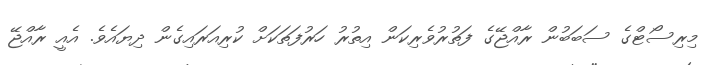
މިރިސޯޓްގެ ސަބަބުން ރާއްޖޭގެ ފަތުރުވެރިކަން އިތުރު ހަރުފަތަކަށް ކުރިއަރައިގެން ދިޔައެވެ. އެއީ ރާއްޖޭ